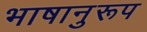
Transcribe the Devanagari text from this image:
भाषानुरूप